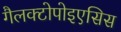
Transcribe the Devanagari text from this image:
गैलक्टोपोइएसिस